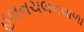
હલનચલનવાળા